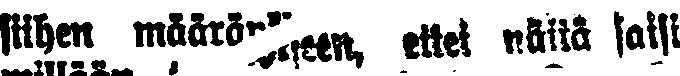
siihen määräykseen, ettei näitä saisi